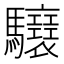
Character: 𩧝